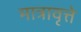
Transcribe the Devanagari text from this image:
मात्रावृत्ते